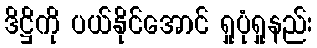
ဒိဋ္ဌိကို ပယ်နိုင်အောင် ရှုပုံရှုနည်း